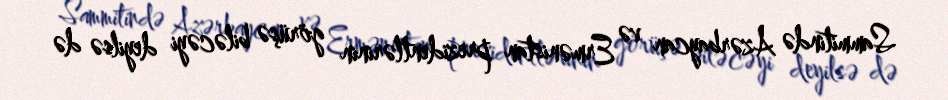
Sammitində Azərbaycan və Ermənistan prezidentlərinin görüşə biləcəyi deyilsə də